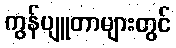
ကွန်ပျူတာများတွင်